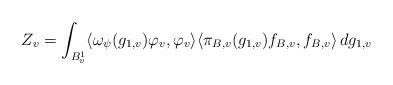
LaTeX: \begin{align*} Z_v = \int_{B^1_v} \langle \omega_{\psi}(g_{1,v}) \varphi_v, \varphi_v \rangle \langle \pi_{B,v}(g_{1,v}) f_{B,v}, f_{B,v} \rangle \, d g_{1,v}\end{align*}